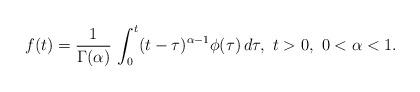
LaTeX: \begin{align*}f(t) = \frac{1}{\Gamma(\alpha)}\, \int_0^t (t-\tau)^{\alpha-1}\phi(\tau)\, d\tau, \ t>0,\ 0<\alpha <1.\end{align*}